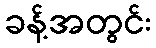
ခန့်အတွင်း